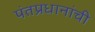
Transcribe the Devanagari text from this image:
पंतप्रधानांची